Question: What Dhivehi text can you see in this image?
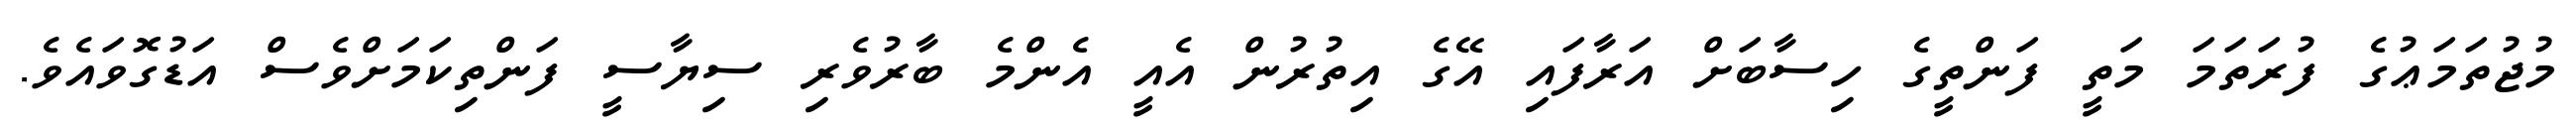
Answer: މުޖުތަމަޢުގެ ފުރަތަމަ މަތީ ފަންތީގެ ހިސާބަށް އަރާފައި އޭގެ އިތުރުން އެއީ އެންމެ ބާރުވެރި ސިޔާސީ ފަންތިކަމަށްވެސް އަޑުގޮވައެވެ.